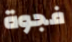
فجوة